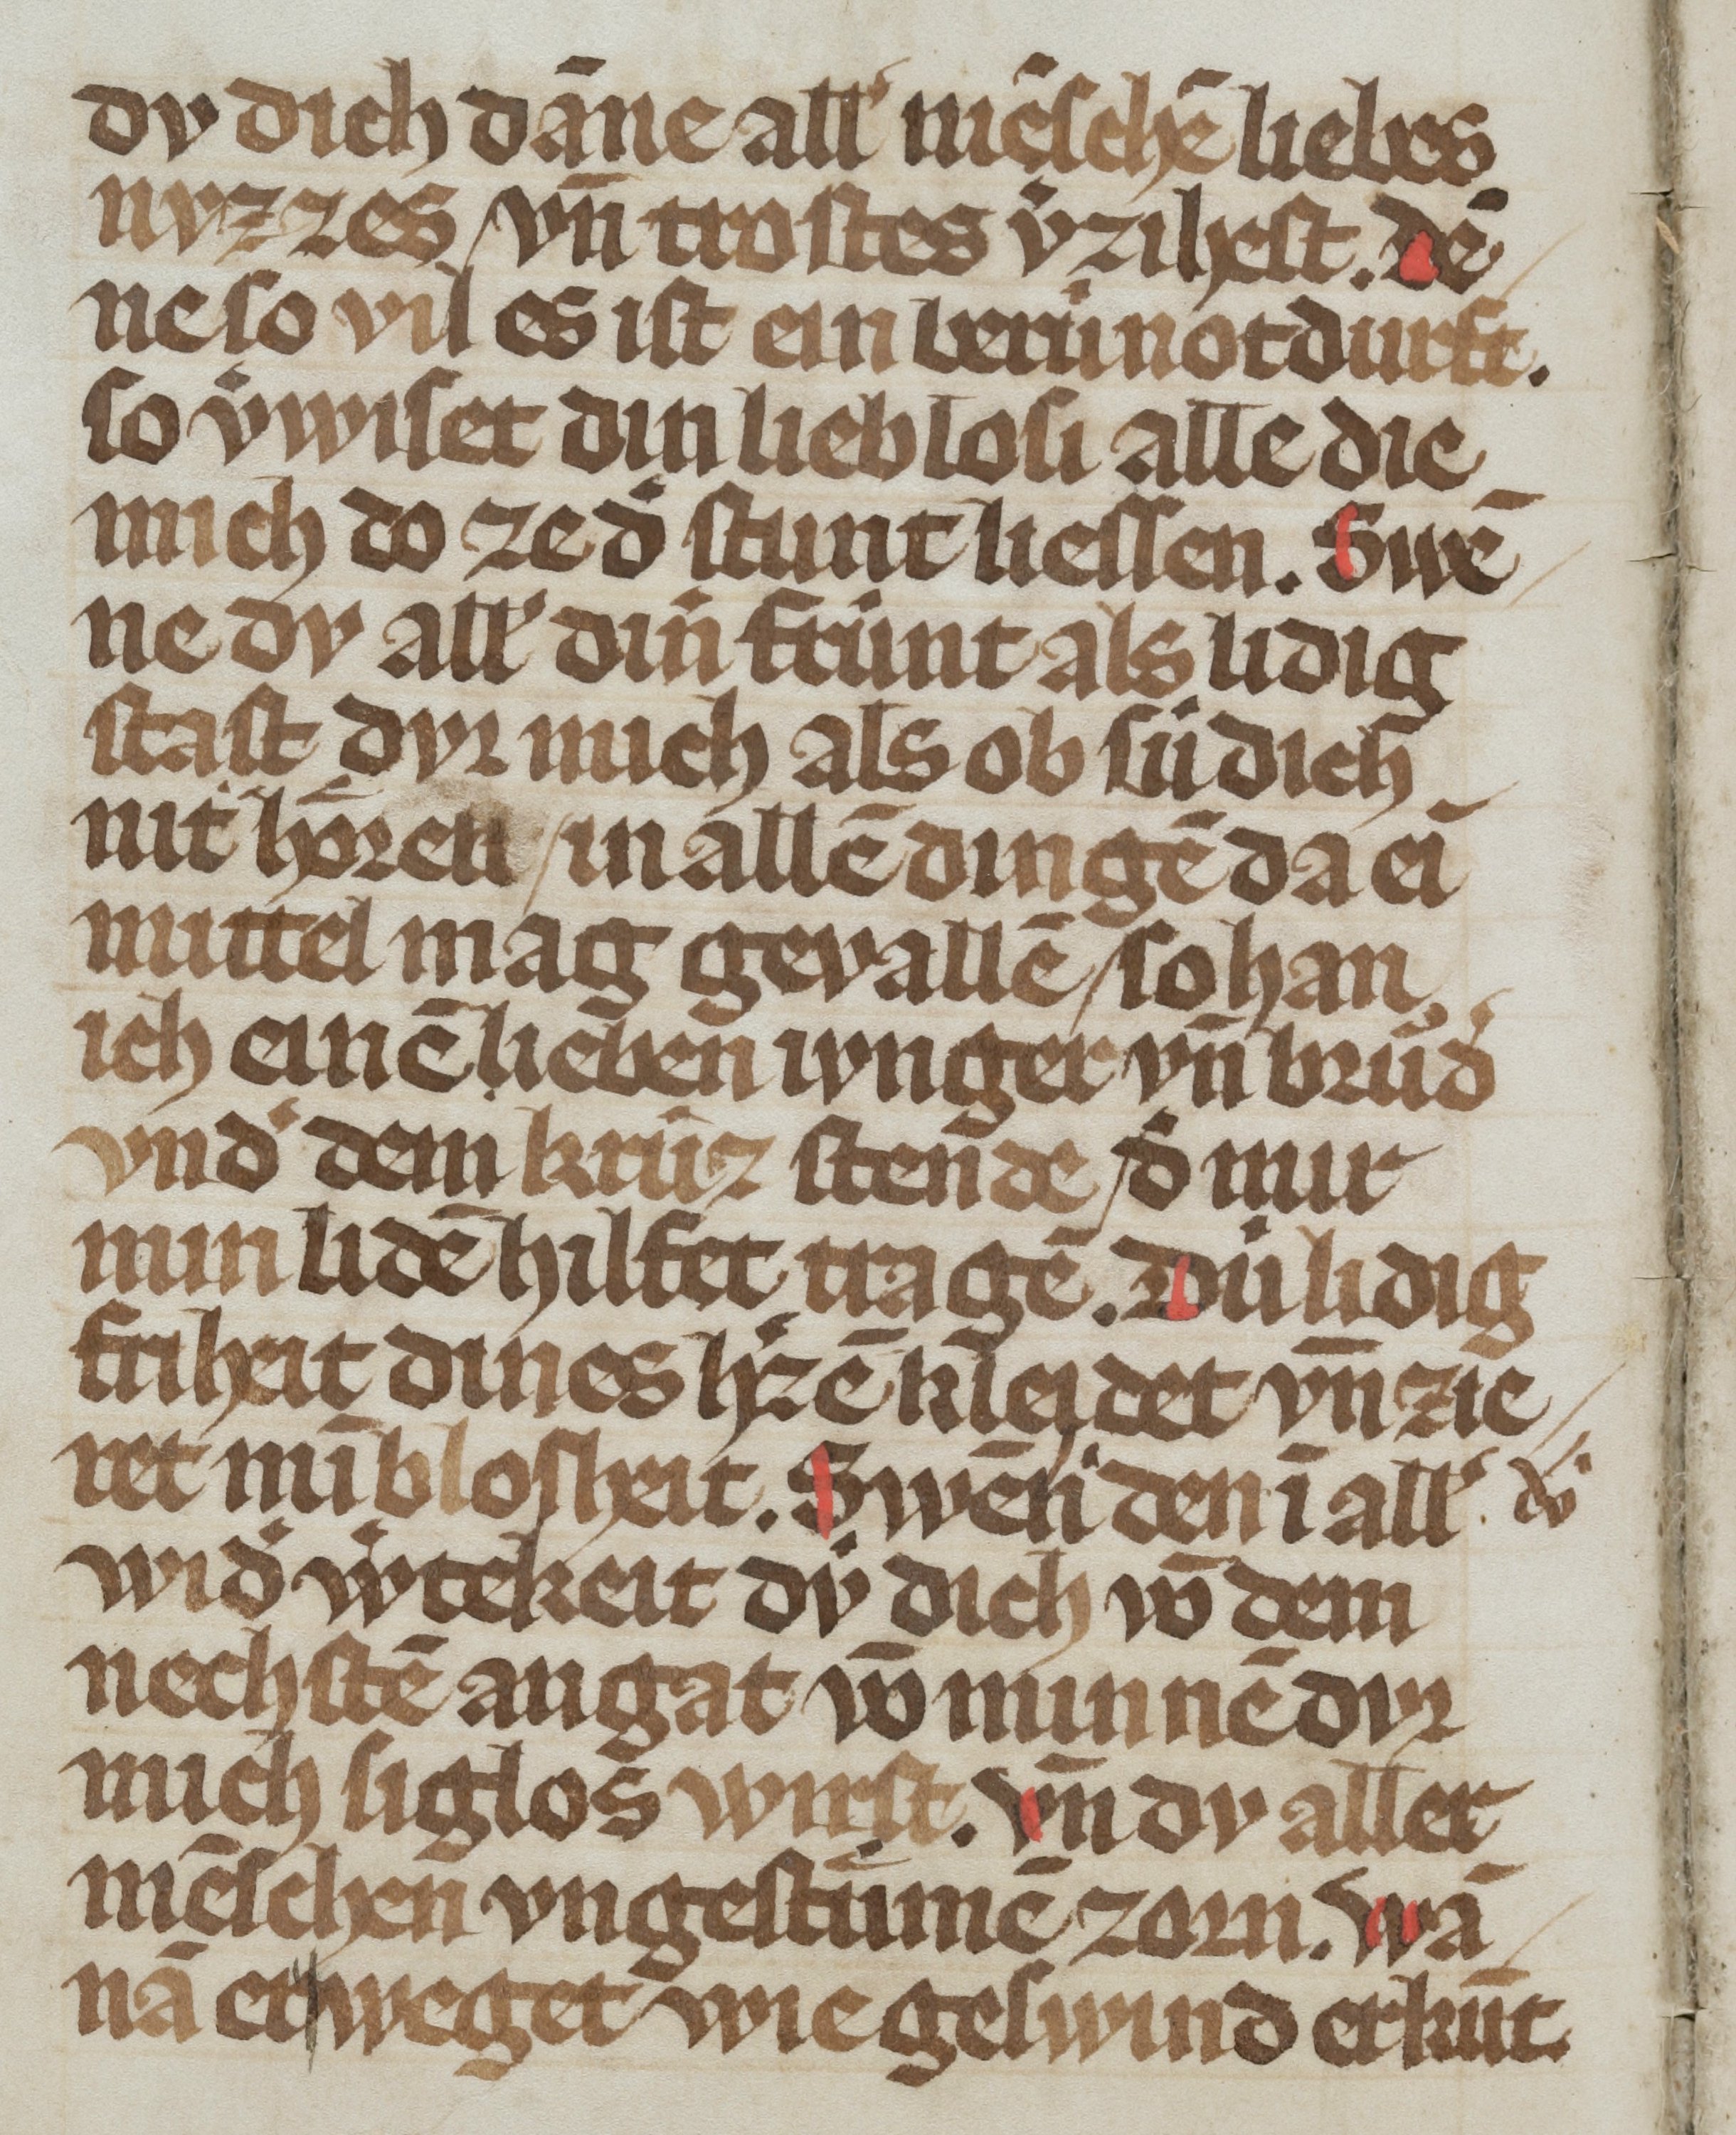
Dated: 1300–1399